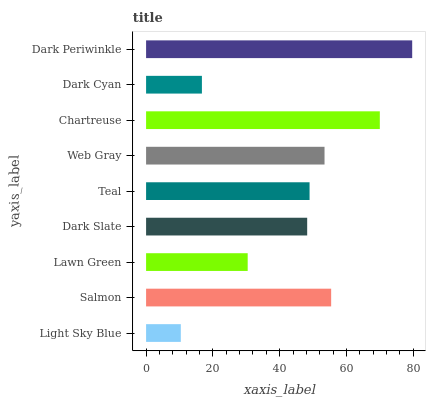
| yaxis_label | bars |
 | --- | --- |
 | Light Sky Blue | 10.4 |
 | Salmon | 55.4 |
 | Lawn Green | 30.4 |
 | Dark Slate | 48.2 |
 | Teal | 48.9 |
 | Web Gray | 53.4 |
 | Chartreuse | 70 |
 | Dark Cyan | 16.7 |
 | Dark Periwinkle | 79.7 |